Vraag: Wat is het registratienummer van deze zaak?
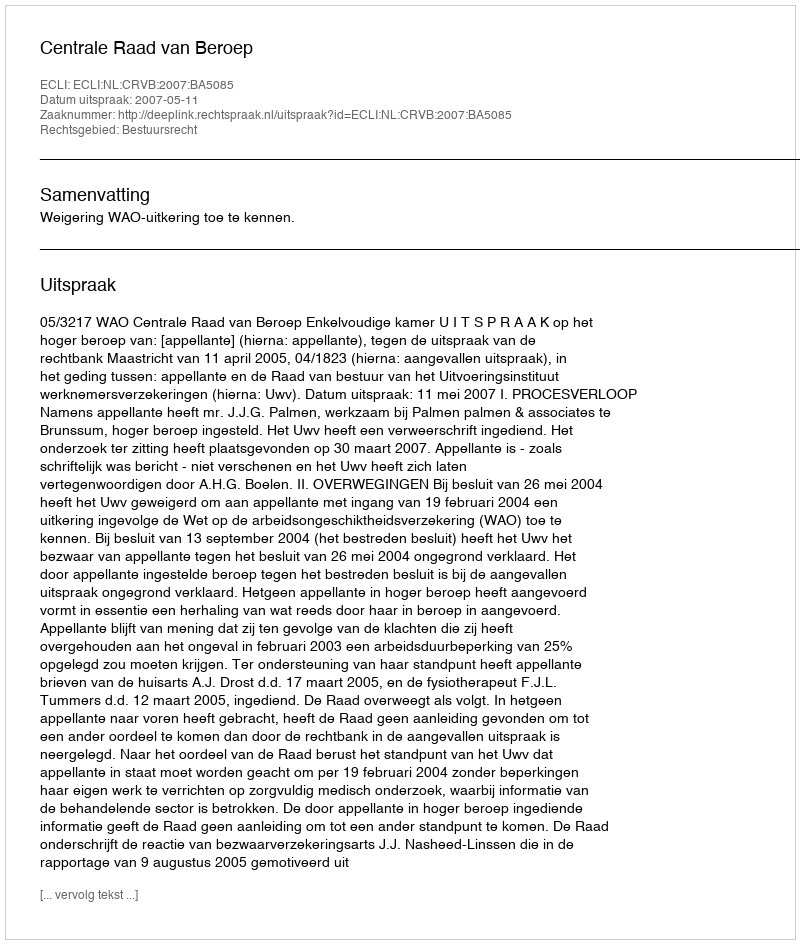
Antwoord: http://deeplink.rechtspraak.nl/uitspraak?id=ECLI:NL:CRVB:2007:BA5085